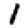
Digit: 1